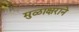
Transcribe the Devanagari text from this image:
मुळाक्षराने